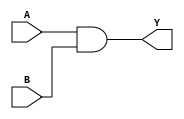
module comb_logic (
    input wire A,
    input wire B,
    output wire Y
);

assign Y = A & B;

endmodule